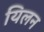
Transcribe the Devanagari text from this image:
यिलन